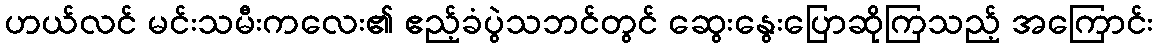
ဟယ်လင် မင်းသမီးကလေး၏ ဧည့်ခံပွဲသဘင်တွင် ဆွေးနွေးပြောဆိုကြသည့် အကြောင်း